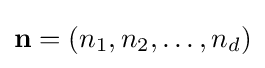
\mathbf {n} =(n_{1},n_{2},\ldots ,n_{d})